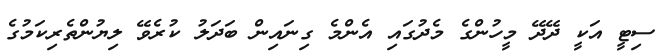
ސިޓީ އަކީ ދޭދޭ މީހުންގެ މެދުގައި އެންމެ ގިނައިން ބަދަލު ކުރެވޭ ލިޔުންތެރިކަމުގެ